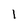
Character: 1